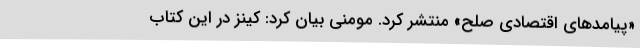
«پیامدهای اقتصادی صلح» منتشر کرد. مومنی بیان کرد: کینز در این کتاب